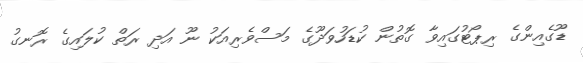
ޑޫގެއިންގެ ރިޕޯޓުގައިވާ ގޮތުން ކުޑަހުވަދޫގެ މަސްވެރިއަކު ނޫ އަދި ރަތް ކުލައިގެ ރޮނގު